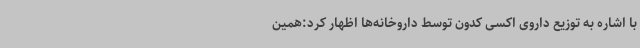
با اشاره به توزیع داروی اکسی کدون توسط داروخانه‌ها اظهار کرد:همین